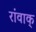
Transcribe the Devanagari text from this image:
रांवाक्